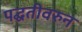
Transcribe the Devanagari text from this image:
पद्घतीवरुन